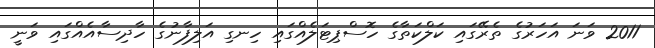
2011 ވަނަ އަހަރުގެ ތެރޭގައި ކަލްކަތާގެ ހޮސްޕިޓަލެއްގައި ހިނގި އަލިފާނުގެ ހާދިސާއެއްގައި ވަނީ